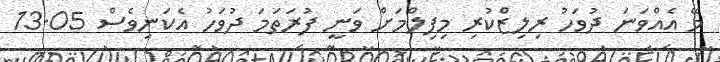
މޭ އެއްވަނަ ދުވަހު ރިލިޒްކުރި މިފިލްމަށް ވަނީ ފުރަތަމަ ދުވަހު އެކަނިވެސް 13.05